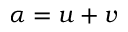
\alpha = u + v